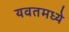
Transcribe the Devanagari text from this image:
यवतमध्ये